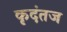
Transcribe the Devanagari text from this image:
कृदंतज